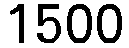
1500